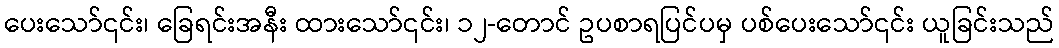
ပေးသော်၎င်း၊ ခြေရင်းအနီး ထားသော်၎င်း၊ ၁၂-တောင် ဥပစာရပြင်ပမှ ပစ်ပေးသော်၎င်း ယူခြင်းသည်